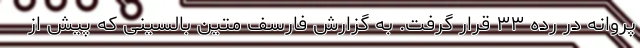
پروانه در رده ۳۳ قرار گرفت. به گزارش فارسف متین بالسینی که پیش از